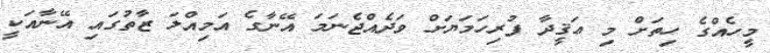
މީހެއްގެ ހިތަށް މި ޢަޤީދާ ފުރިހަމަޔަށް ވަދެއްޖެނަމަ އޭނާގެ އަމިއްލަ ޒާތުގައި އޭނާއަކީ